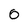
Character: 0